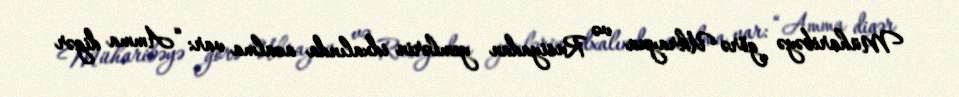
Müharibəyə görə Ukrayna və Rusiyadan yemlərin idxalında azalma var: “Amma digər